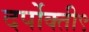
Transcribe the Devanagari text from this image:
दर्पोक्ती९